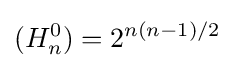
(H_{n}^{0})=2^{n(n-1)/2}